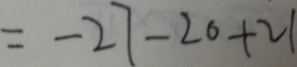
= - 2 7 - 2 0 + 2 1